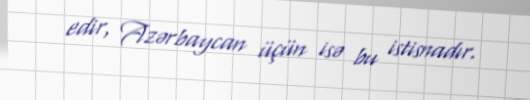
edir, Azərbaycan üçün isə bu istisnadır.